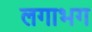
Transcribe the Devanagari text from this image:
लगाभग